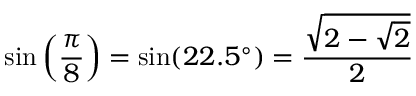
\sin \left( { \frac { \pi } { 8 } } \right) = \sin ( 2 2 . 5 ^ { \circ } ) = { \frac { \sqrt { 2 - { \sqrt { 2 } } } } { 2 } }